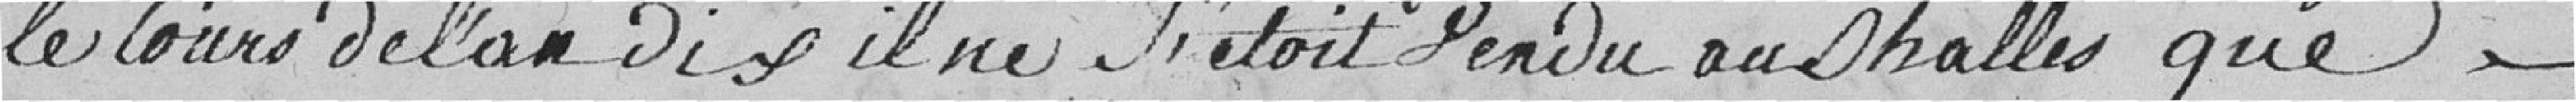
le cours de l'an dix il ne s'était rendu aux halles que